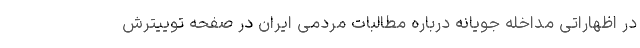
در اظهاراتی مداخله جویانه درباره مطالبات مردمی ایران در صفحه توییترش